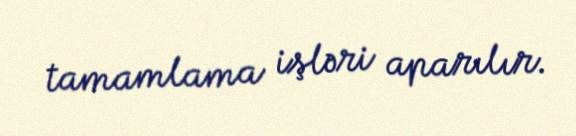
tamamlama işləri aparılır.